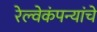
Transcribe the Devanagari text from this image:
रेल्वेकंपन्यांचे